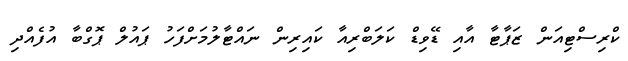
ކްރިސްޓިއަން ޒަޕާޓާ އާއި ޑޭވިޑް ކަލަބްރިއާ ކައިރިން ނައްޓާލުމަށްފަހު ޕައުލް ޕޮގްބާ އުފެއްދި